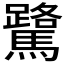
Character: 𫘘